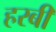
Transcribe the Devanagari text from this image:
हरबी